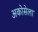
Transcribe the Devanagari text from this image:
अकोसेला